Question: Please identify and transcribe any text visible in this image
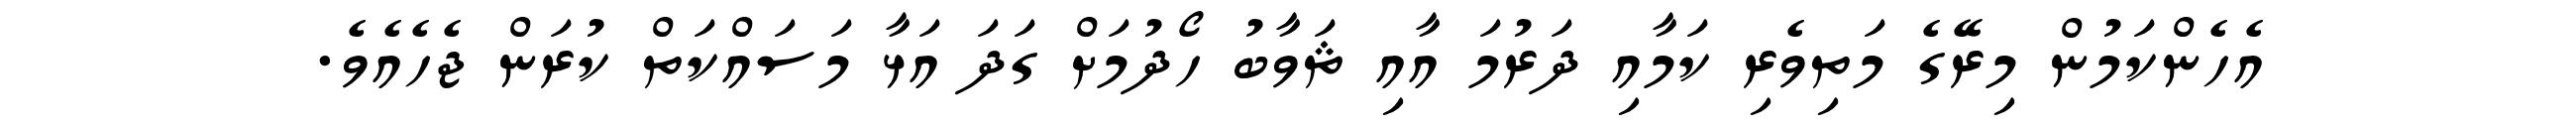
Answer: އެހެންކަމުން މިރޭގެ މަތިވެރި ކަމާއި ދަރުމަ އާއި ޘަވާބު ހޯދުމަށް ގަދަ އަޅާ މަސައްކަތް ކުރަން ޖެހެއެވެ.